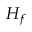
H _ { f }